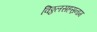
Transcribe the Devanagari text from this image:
विठ्ठलसहस्रनाम